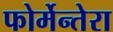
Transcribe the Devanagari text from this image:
फोर्मेन्तेरा